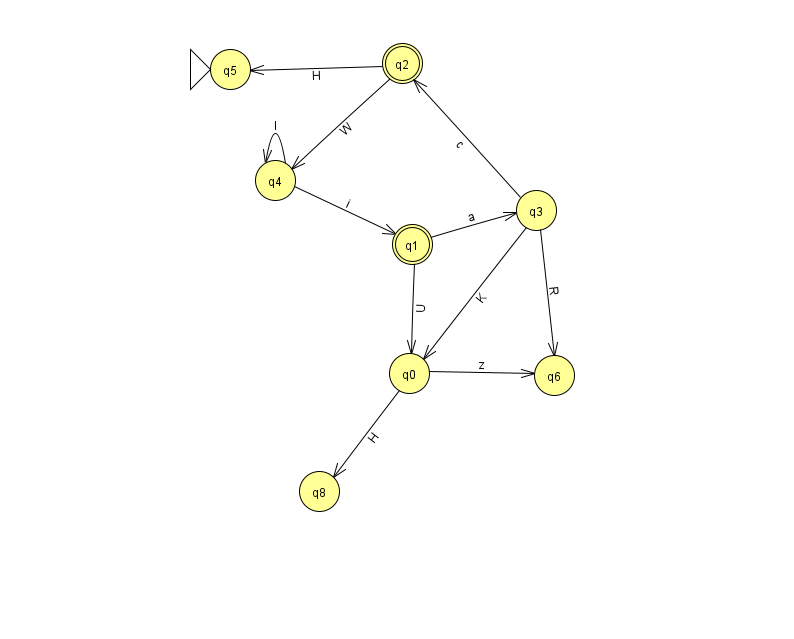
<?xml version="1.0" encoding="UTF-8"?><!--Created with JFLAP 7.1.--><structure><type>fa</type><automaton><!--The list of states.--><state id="0" name="q0"><x>409.0</x><y>360.0</y></state><state id="1" name="q1"><x>412.0</x><y>231.0</y><final/></state><state id="2" name="q2"><x>402.0</x><y>50.0</y><final/></state><state id="3" name="q3"><x>536.0</x><y>197.0</y></state><state id="4" name="q4"><x>275.0</x><y>167.0</y></state><state id="5" name="q5"><x>230.0</x><y>56.0</y><initial/></state><state id="6" name="q6"><x>554.0</x><y>362.0</y></state><state id="8" name="q8"><x>319.0</x><y>478.0</y></state><!--The list of transitions.--><transition><from>1</from><to>0</to><read>U</read></transition><transition><from>0</from><to>6</to><read>z</read></transition><transition><from>1</from><to>3</to><read>a</read></transition><transition><from>3</from><to>0</to><read>K</read></transition><transition><from>0</from><to>8</to><read>H</read></transition><transition><from>2</from><to>4</to><read>W</read></transition><transition><from>4</from><to>4</to><read>l</read></transition><transition><from>3</from><to>2</to><read>c</read></transition><transition><from>3</from><to>6</to><read>R</read></transition><transition><from>2</from><to>5</to><read>H</read></transition><transition><from>4</from><to>1</to><read>i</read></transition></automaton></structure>